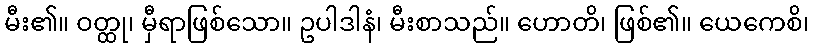
မီး၏။ ဝတ္ထု၊ မှီရာဖြစ်သော။ ဥပါဒါနံ၊ မီးစာသည်။ ဟောတိ၊ ဖြစ်၏။ ယေကေစိ၊